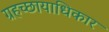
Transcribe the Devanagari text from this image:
ग्रहच्छायाधिकार